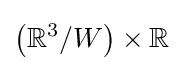
\left(\mathbb {R} ^{3}/W\right)\times \mathbb {R}